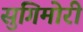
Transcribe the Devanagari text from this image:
सुगिमोरी